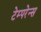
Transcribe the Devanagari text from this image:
टेम्परेन्स